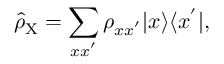
\hat { \rho } _ { \mathrm { X } } = \sum _ { x x ^ { ' } } \rho _ { x x ^ { ' } } | x \rangle \langle x ^ { ' } | ,